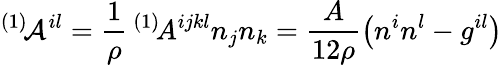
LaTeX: ^{(1)}\! {\cal A}^{il}=\frac 1\rho\, ^{(1)}\! A^{ijkl}n_{j}n_{k}=\frac{A}{12\rho}\left(n^{i}n^{l}-g^{il}\right)